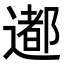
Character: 𨗊